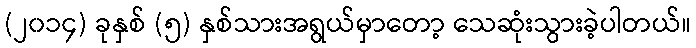
(၂၀၁၄) ခုနှစ် (၅) နှစ်သားအရွယ်မှာတော့ သေဆုံးသွားခဲ့ပါတယ်။